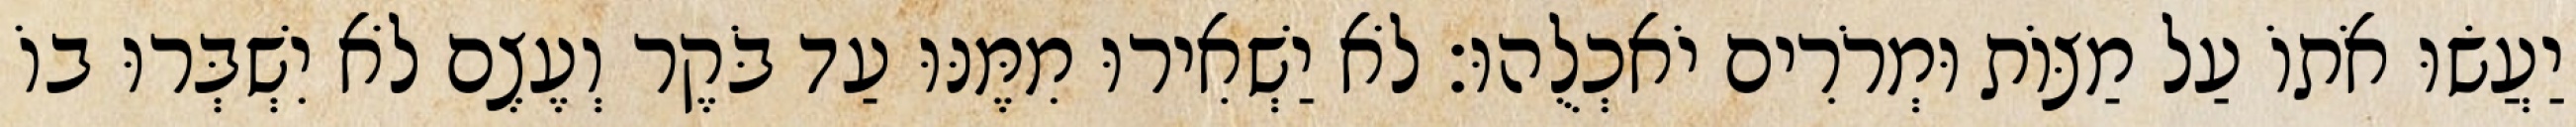
יַעֲשׂוּ אֹתוֹ עַל מַצּוֹת וּמְרֹרִים יֹאכְלֻהוּ׃ לֹא יַשְׁאִירוּ מִמֶּנּוּ עַד בֹּקֶר וְעֶצֶם לֹא יִשְׁבְּרוּ בוֹ